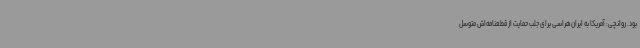
بود. روانچی: آمریکا به ایران‌هراسی برای جلب حمایت از قطعنامه‌اش متوسل